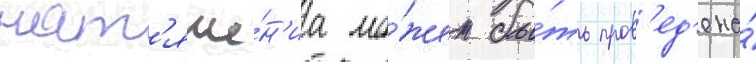
нат'яже́н'иа мо́жет бы́ть пров'ед'ена́